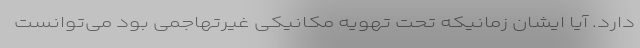
دارد. آیا ایشان زمانیکه تحت تهویه مکانیکی غیرتهاجمی بود می‌توانست